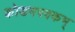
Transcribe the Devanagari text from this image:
कोडमपक्कम्